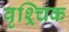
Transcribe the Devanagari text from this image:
वृश्र्चिक